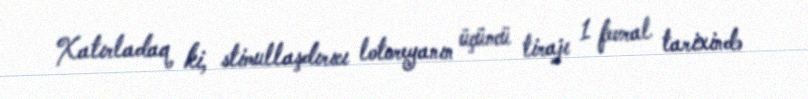
Xatırladaq ki, stimullaşdırıcı lotoreyanın üçüncü tirajı 1 fevral tarixində